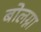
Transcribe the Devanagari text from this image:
बोलग्ना